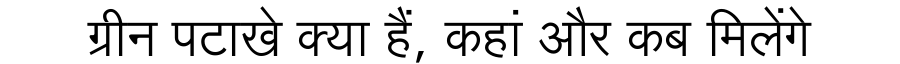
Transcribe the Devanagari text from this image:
ग्रीन पटाखे क्या हैं, कहां और कब मिलेंगे